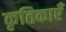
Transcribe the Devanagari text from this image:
कृतिकाएँ